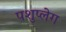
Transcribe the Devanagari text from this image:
पशुप्लेग